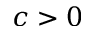
c > 0